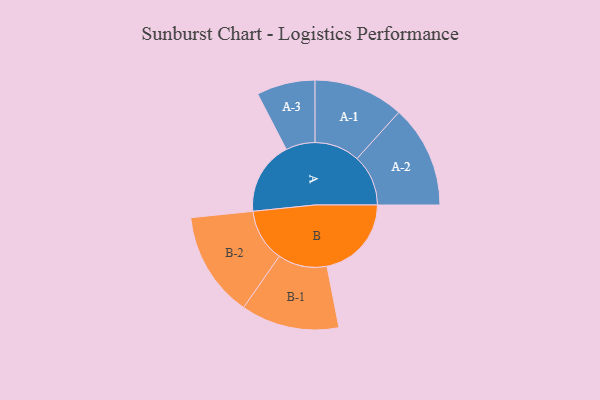
{"axis": {"x": "Segment", "y": "Value"}, "legend": ["", "A", "B"], "data": [{"x": "A", "y": 382, "type": ""}, {"x": "B", "y": 440, "type": ""}, {"x": "A-1", "y": 235, "type": "A"}, {"x": "A-2", "y": 267, "type": "A"}, {"x": "A-3", "y": 152, "type": "A"}, {"x": "B-1", "y": 256, "type": "B"}, {"x": "B-2", "y": 275, "type": "B"}]}